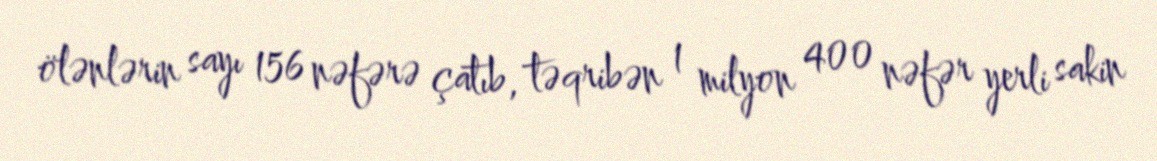
ölənlərin sayı 156 nəfərə çatıb, təqribən 1 milyon 400 nəfər yerli sakin